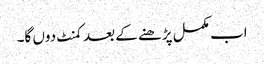
اب مکمل پڑھنے کے بعد کمنٹ دوں گا۔